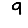
Digit: 9